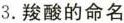
3.羧酸的命名